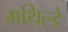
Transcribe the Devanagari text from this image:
मथिल्डे